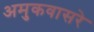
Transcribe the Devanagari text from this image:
अमुकवासरे